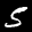
Label: 5